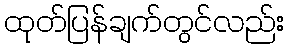
ထုတ်ပြန်ချက်တွင်လည်း